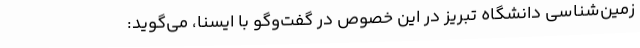
زمین‌شناسی دانشگاه تبریز در این خصوص در گفت‌وگو با ایسنا، می‌گوید: